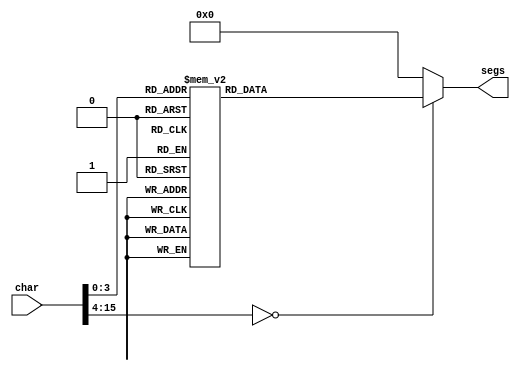
module seven_seg_16 (
    input [15:0] char,
    output reg [6:0] segs
  );
  
  
  
  always @* begin
    
    case (char)
      1'h0: begin
        segs = 7'h3f;
      end
      1'h1: begin
        segs = 7'h06;
      end
      2'h2: begin
        segs = 7'h5b;
      end
      2'h3: begin
        segs = 7'h4f;
      end
      3'h4: begin
        segs = 7'h66;
      end
      3'h5: begin
        segs = 7'h6d;
      end
      3'h6: begin
        segs = 7'h7d;
      end
      3'h7: begin
        segs = 7'h07;
      end
      4'h8: begin
        segs = 7'h7f;
      end
      4'h9: begin
        segs = 7'h67;
      end
      4'ha: begin
        segs = 7'h00;
      end
      4'hb: begin
        segs = 7'h79;
      end
      4'hc: begin
        segs = 7'h39;
      end
      4'hd: begin
        segs = 7'h6e;
      end
      4'he: begin
        segs = 7'h77;
      end
      4'hf: begin
        segs = 7'h37;
      end
      default: begin
        segs = 7'h00;
      end
    endcase
  end
endmodule